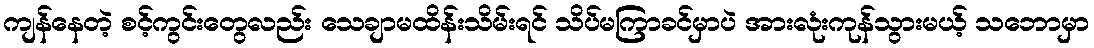
ကျန်နေတဲ့ စင့်ကွင်းတွေလည်း သေချာမထိန်းသိမ်းရင် သိပ်မကြာခင်မှာပဲ အားလုံးကုန်သွားမယ့် သဘောမှာ